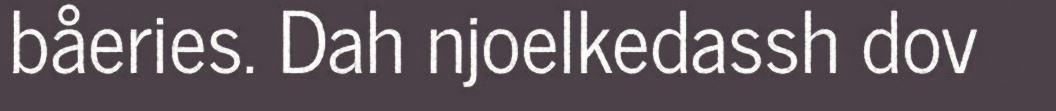
båeries. Dah njoelkedassh dov